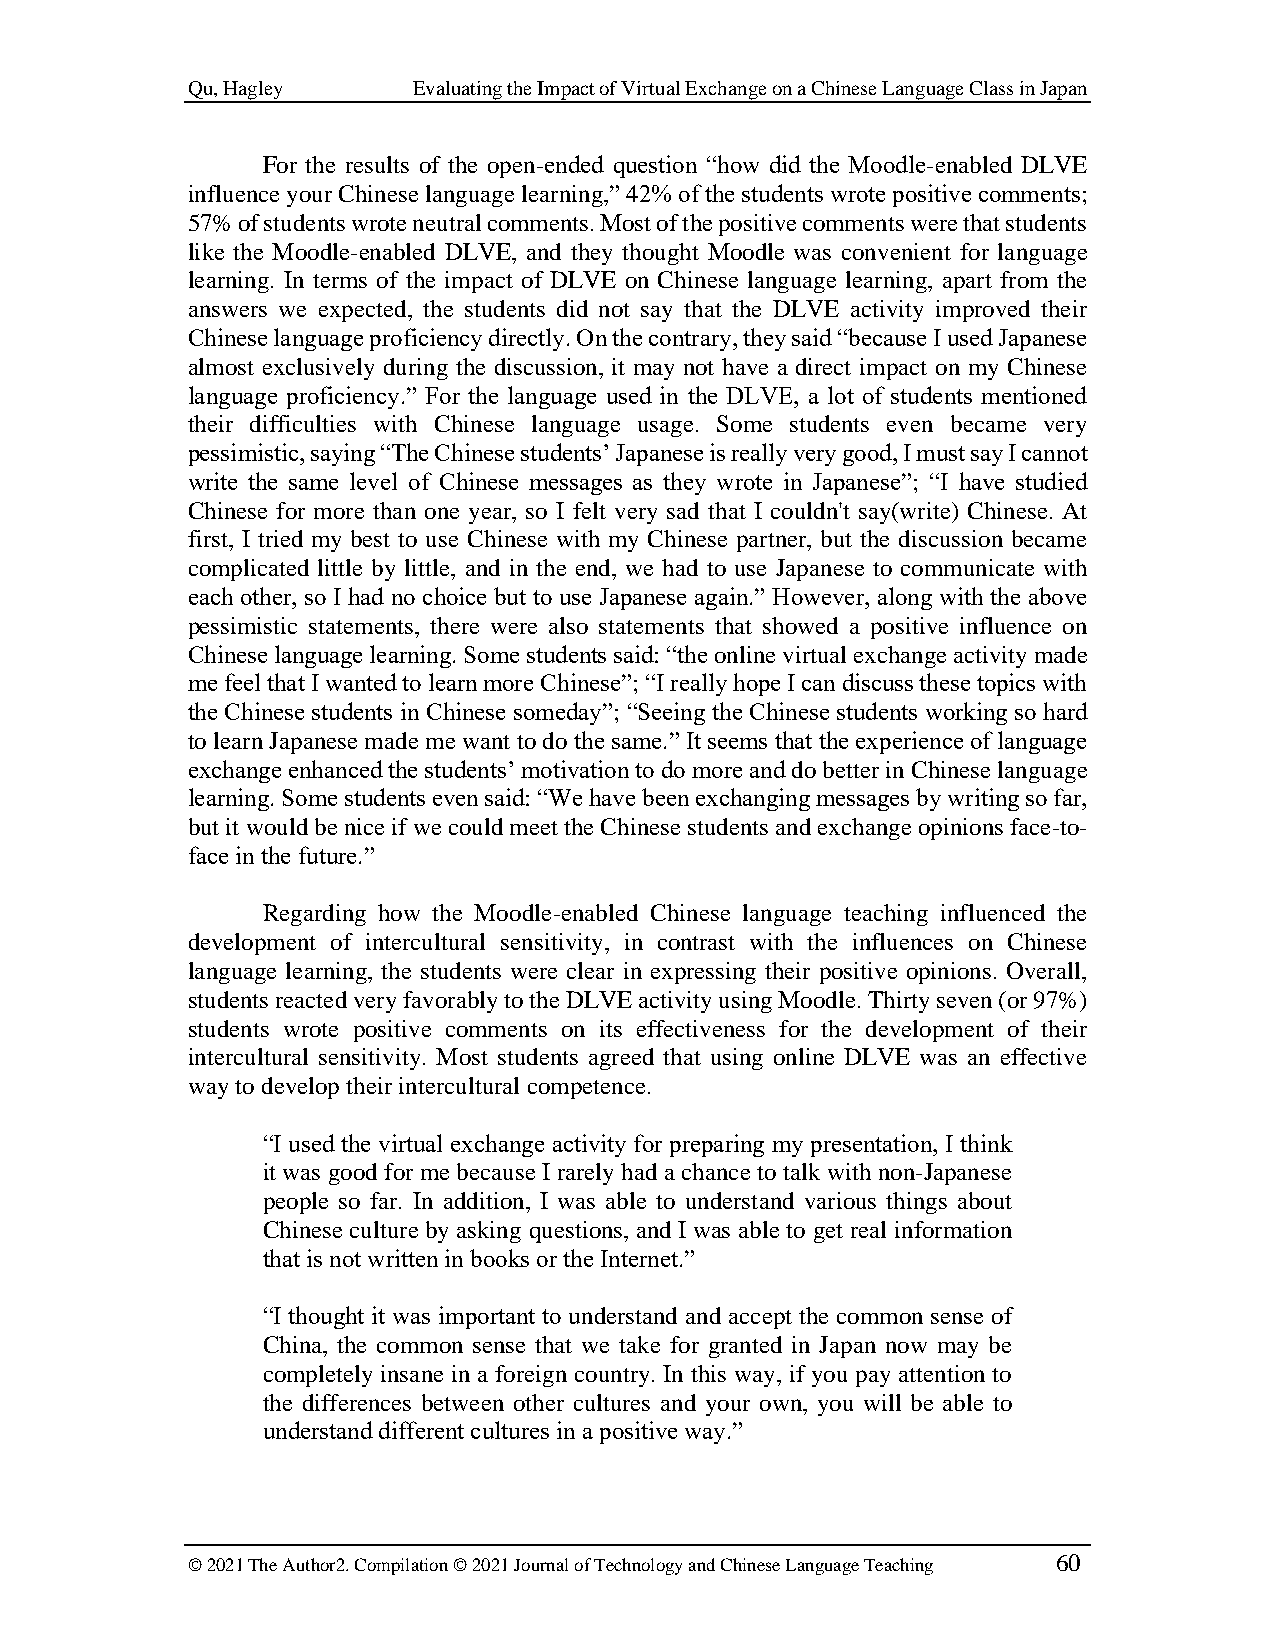
Qu, Hagley     Evaluating the Impact of Virtual Exchange on a Chinese Language Class in Japan
 For the results of the open-ended question “how did the Moodle-enabled DLVE
 influence your Chinese language learning,” 42% of the students wrote positive comments;
 57% of students wrote neutral comments. Most of the positive comments were that students
 like the Moodle-enabled DLVE, and they thought Moodle was convenient for language
 learning. In terms of the impact of DLVE on Chinese language learning, apart from the
 answers we expected, the students did not say that the DLVE activity improved their
 Chinese language proficiency directly. On the contrary, they said “because I used Japanese
 almost exclusively during the discussion, it may not have a direct impact on my Chinese
 language proficiency.” For the language used in the DLVE, a lot of students mentioned
 their difficulties with Chinese language usage. Some students even became very
 pessimistic, saying “The Chinese students’ Japanese is really very good, I must say I cannot
 write the same level of Chinese messages as they wrote in Japanese”; “I have studied
 Chinese for more than one year, so I felt very sad that I couldn't say(write) Chinese. At
 first, I tried my best to use Chinese with my Chinese partner, but the discussion became
 complicated little by little, and in the end, we had to use Japanese to communicate with
 each other, so I had no choice but to use Japanese again.” However, along with the above
 pessimistic statements, there were also statements that showed a positive influence on
 Chinese language learning. Some students said: “the online virtual exchange activity made
 me feel that I wanted to learn more Chinese”; “I really hope I can discuss these topics with
 the Chinese students in Chinese someday”; “Seeing the Chinese students working so hard
 to learn Japanese made me want to do the same.” It seems that the experience of language
 exchange enhanced the students’ motivation to do more and do better in Chinese language
 learning. Some students even said: “We have been exchanging messages by writing so far,
 but it would be nice if we could meet the Chinese students and exchange opinions face-to-
 face in the future.”
 Regarding how the Moodle-enabled Chinese language teaching influenced the
 development of intercultural sensitivity, in contrast with the influences on Chinese
 language learning, the students were clear in expressing their positive opinions. Overall,
 students reacted very favorably to the DLVE activity using Moodle. Thirty seven (or 97%)
 students wrote positive comments on its effectiveness for the development of their
 intercultural sensitivity. Most students agreed that using online DLVE was an effective
 way to develop their intercultural competence.
 “I used the virtual exchange activity for preparing my presentation, I think
 it was good for me because I rarely had a chance to talk with non-Japanese
 people so far. In addition, I was able to understand various things about
 Chinese culture by asking questions, and I was able to get real information
 that is not written in books or the Internet.”
 “I thought it was important to understand and accept the common sense of
 China, the common sense that we take for granted in Japan now may be
 completely insane in a foreign country. In this way, if you pay attention to
 the differences between other cultures and your own, you will be able to
 understand different cultures in a positive way.”
 © 2021 The Author2. Compilation © 2021 Journal of Technology and Chinese Language Teaching 60